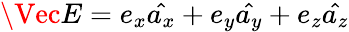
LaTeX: \Vec{E}=e_{x}\hat{a_{x}}+e_{y}\hat{a_{y}}+e_{z}\hat{a_{z}}